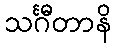
သင်္ဂီတာနိ